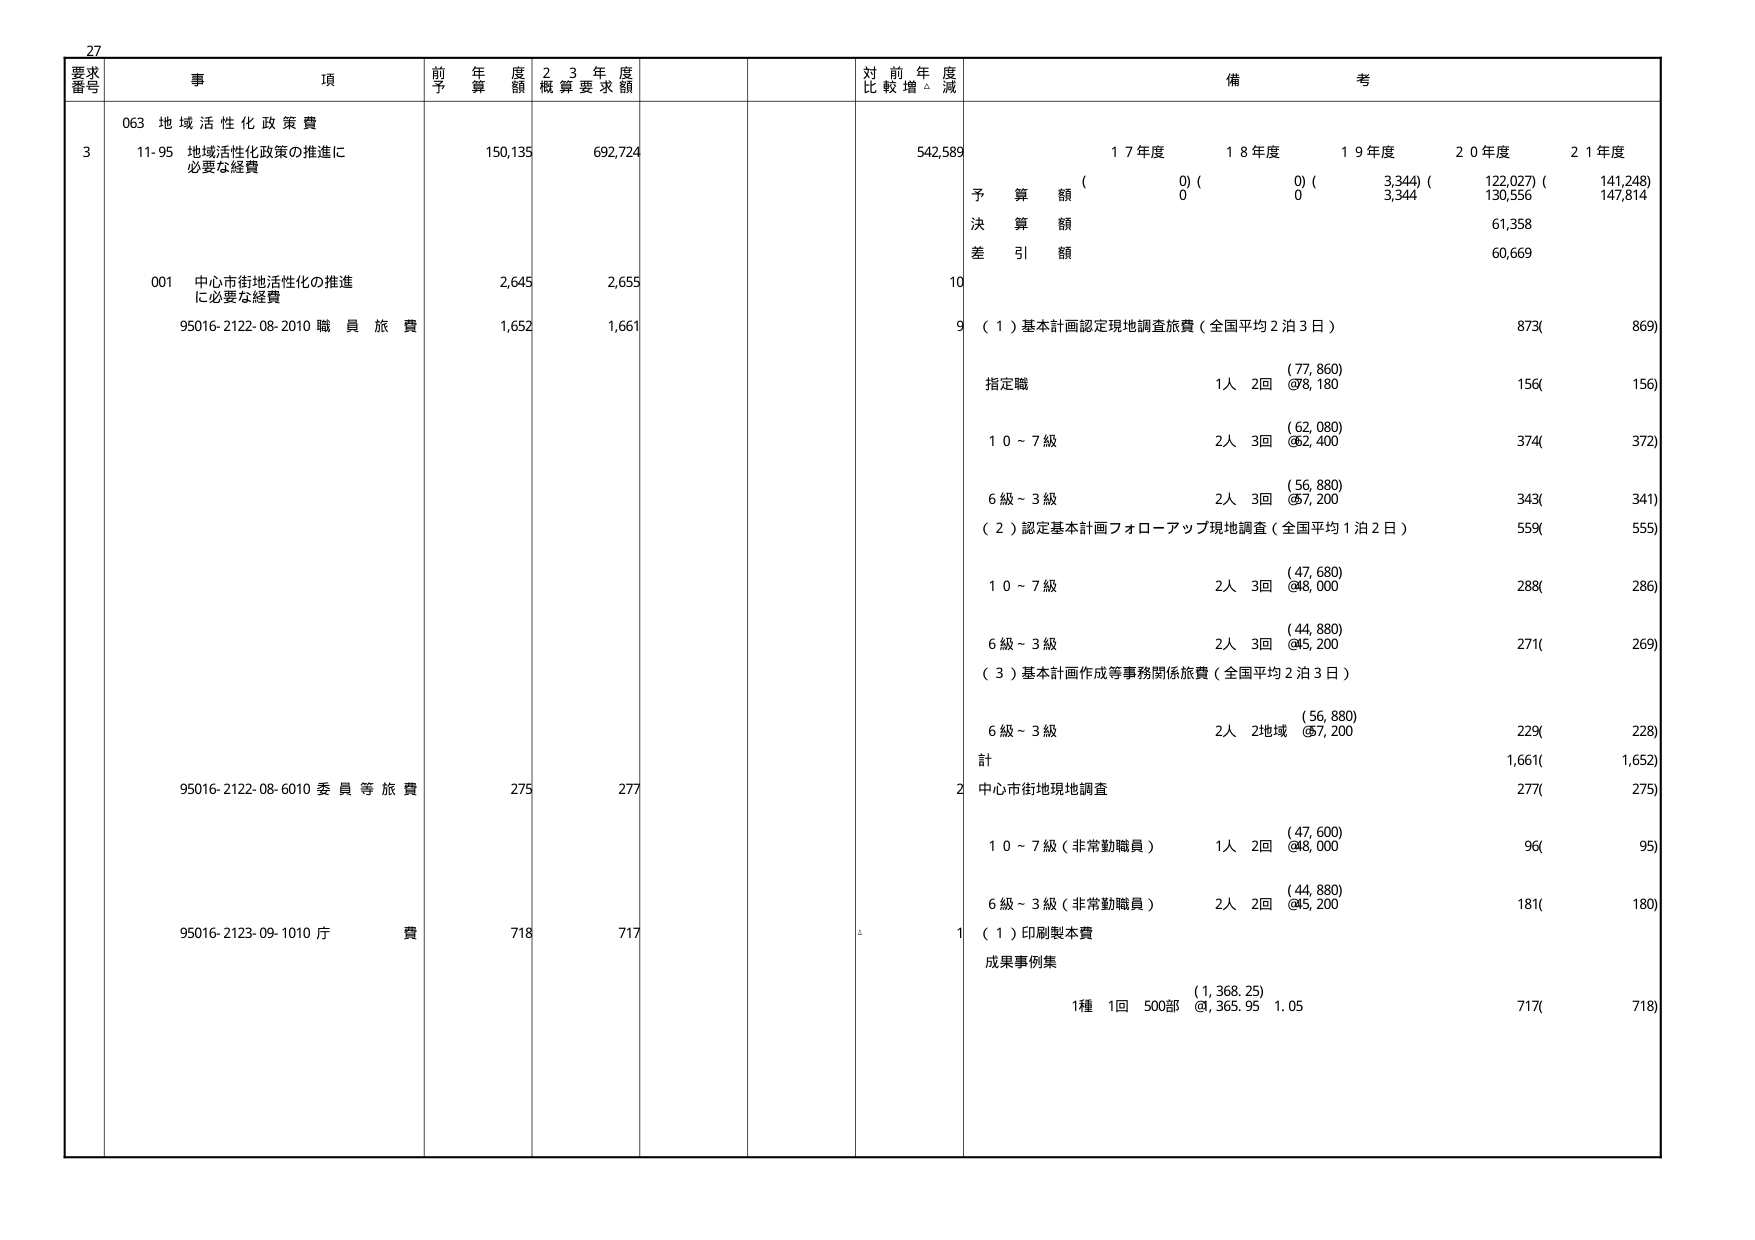
27
要求
番号
事 項
前 年 度 額
2 3 年 度
概 算 要 求 額
対 前 年 度
比 較 増 △ 減
備 考
3
063 地 域 活 性 化 政 策 費
11-95 地域活性化政策の推進に
必要な経費
150,135
692,724
542,589
1 7年度
1 8年度
1 9年度
2 0年度
2 1年度
( 0) ( 0) ( 3,344) ( 122,027) ( 141,248)
予 算 額
0
3,344
130,556
147,814
決 算 額
61,358
差 引 額
60,669
001 中心市街地活性化の推進
に必要な経費
2,645
2,655
10
95016-2122-08-2010 職 員 旅 費
1,652
1,661
9
（１）基本計画認定現地調査旅費（全国平均２泊３日）
873(
869)
指定職
1人 2回 (77, 860)
@8, 180
156(
156)
1 0 ～ 7 級
2人 3回 (62, 080)
@62, 400
374(
372)
6 級 ～ 3 級
2人 3回 (56, 880)
@57, 200
343(
341)
（２）認定基本計画フォローアップ現地調査（全国平均１泊２日）
559(
555)
1 0 ～ 7 級
2人 3回 (47, 680)
@48, 000
288(
286)
6 級 ～ 3 級
2人 3回 (44, 880)
@45, 200
271(
269)
（３）基本計画作成等事務関係旅費（全国平均２泊３日）
6 級 ～ 3 級
2人 2地域 (56, 880)
@57, 200
229(
228)
計
1,661(
1,652)
95016-2122-08-6010 委 員 等 旅 費
275
277
2
中心市街地現地調査
277(
275)
1 0 ～ 7 級（非常勤職員）
1人 2回 (47, 600)
@48, 000
96(
95)
6 級 ～ 3 級（非常勤職員）
2人 2回 (44, 880)
@45, 200
181(
180)
95016-2123-09-1010 庁 費
718
717
1
（１）印刷製本費
成果事例集
1種 1回 500部 (1, 368. 25)
@1, 365. 95 1. 05
717(
718)